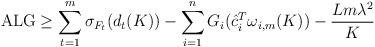
LaTeX: \begin{align*}{\rm ALG}&\geq \sum_{t=1}^m \sigma_{F_t}(d_t (K)) -\sum_{i=1}^n G_i(\hat{c}_i^T \omega_{i,m}(K))-\frac{Lm\lambda^2}{K}\end{align*}